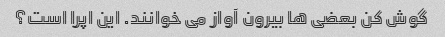
گوش کن بعضی ها بیرون آواز می خوانند. این اپرا است؟